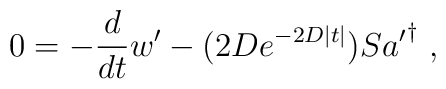
0=-\frac{d}{dt} w' - (2D e^{-2D|t|}) S {a'}^{\dagger} ~,